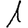
Digit: 1